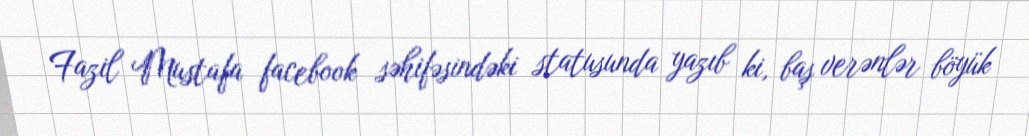
Fazil Mustafa facebook səhifəsindəki statusunda yazıb ki, baş verənlər böyük